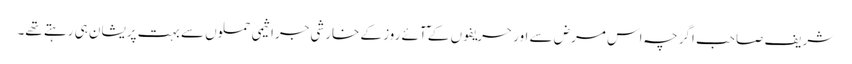
شریف صاحب اگرچہ اس مرض سے اور حریفوں کے ٓآئے روز کے خارشی جراثیمی حملوں سے بہت پریشان ہی رہتے تھے۔